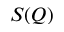
S ( Q )